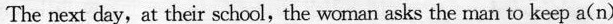
The next day,at their school,the woman asks the man to keep a(n)